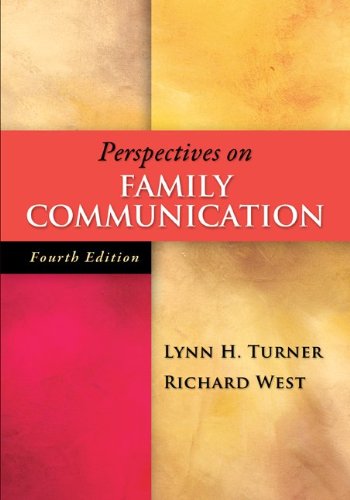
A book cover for Perspectives on Family Communication; Lynn Turner; Reference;